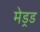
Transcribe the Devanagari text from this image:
मेड्रड